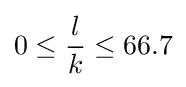
0\leq {\frac {l}{k}}\leq 66.7